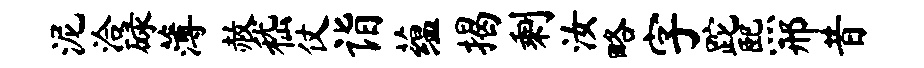
泥洽碌薄赦嵇仗诣蕴揭剩汝略字跎熙邢昔